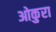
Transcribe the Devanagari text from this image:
ओकुरा